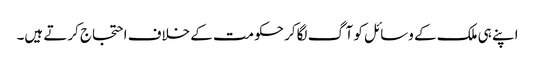
اپنے ہی ملک کے وسائل کو آگ لگاکر حکومت کے خلاف احتجاج کرتے ہیں۔